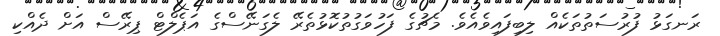
ރަނގަޅު ފުރުސަތުތަކެއް ލިބިފައިވެއެވެ. މެޗުގެ ފަހުވަގުތުކޮޅުތެރޭ ލެގަނޭސްގެ އަޕެލްޓް ޕިރޭސް އަށް ދެއްކި